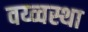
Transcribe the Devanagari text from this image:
वय्व्वस्था